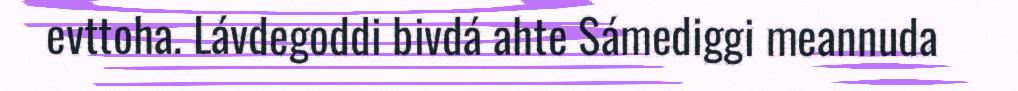
evttoha. Lávdegoddi bivdá ahte Sámediggi meannuda